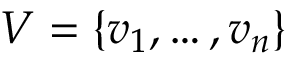
V = \{ v _ { 1 } , \ldots , v _ { n } \}